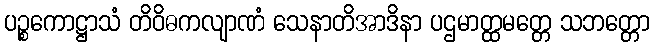
ပဉ္စကောဋ္ဌာသံ တိဝိဓကလျာဏံ သေနာတိအာဒိနာ ပဌမာတ္ထမတ္တေ သဘတ္တော